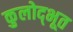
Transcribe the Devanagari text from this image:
कुलोद्‌भूत